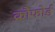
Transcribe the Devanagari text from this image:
क्रौफोर्ड